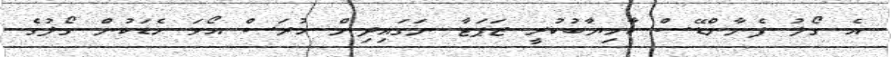
އެ ގޯލު ފެނާންޑޭސް ކާމިޔާބުކުރީ ޒަޕަޓާ ނަގައިދިން ހުރަސް އޯވަ ހެޑަކުން ގޯލުގެ